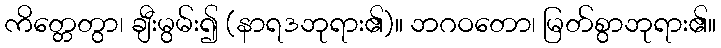
ကိတ္တေတွာ၊ ချီးမွမ်း၍ (နာရဒဘုရား၏)။ ဘဂဝတော၊ မြတ်စွာဘုရား၏။